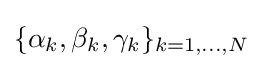
\{\alpha _{k},\beta _{k},\gamma _{k}\}_{k=1,\dots ,N}